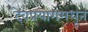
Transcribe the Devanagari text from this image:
देवप्रयागमधून